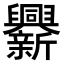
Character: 𨑁